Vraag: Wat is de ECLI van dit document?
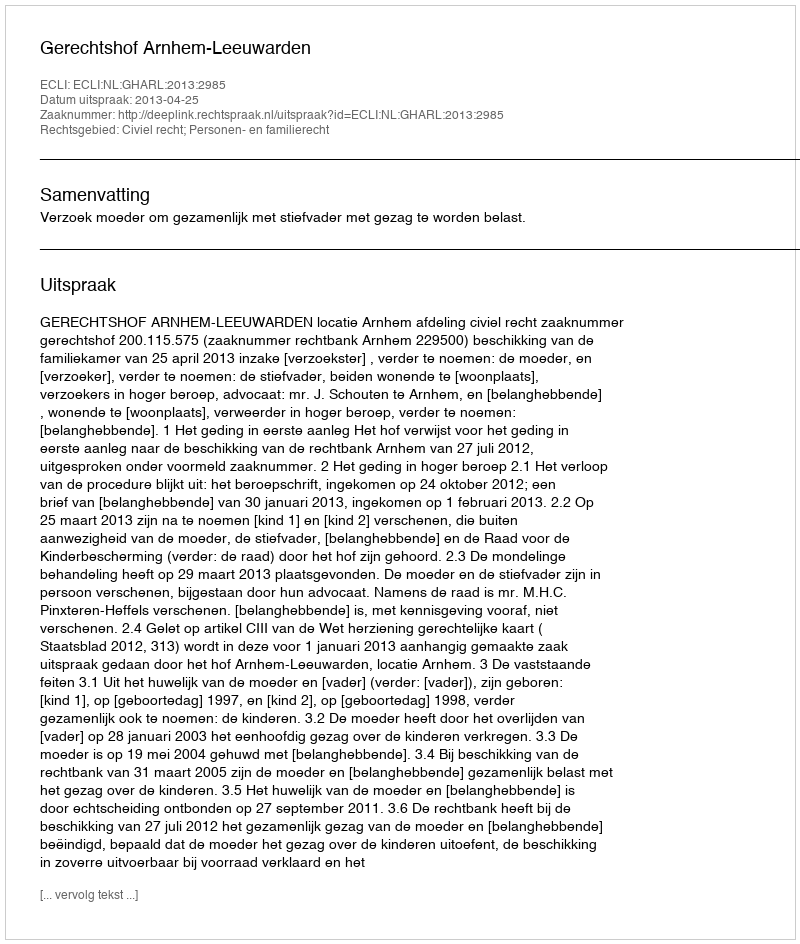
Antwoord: ECLI:NL:GHARL:2013:2985